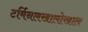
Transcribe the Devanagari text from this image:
टर्मिनलखालोखाल